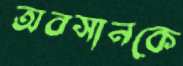
অবসানকে